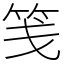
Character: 笺